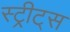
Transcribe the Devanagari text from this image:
स्ट्रीट्‌स